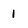
Character: 1